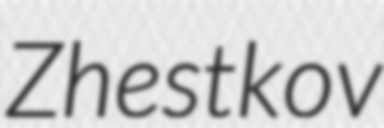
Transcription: Zhestkov